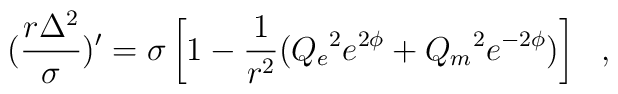
(\frac{r\Delta^2}{\sigma})'=\sigma \left[   1-\frac{1}{r^2}({Q_e}^2 e^{2\phi} + {Q_m}^2 e^{-2\phi})\right]~~,